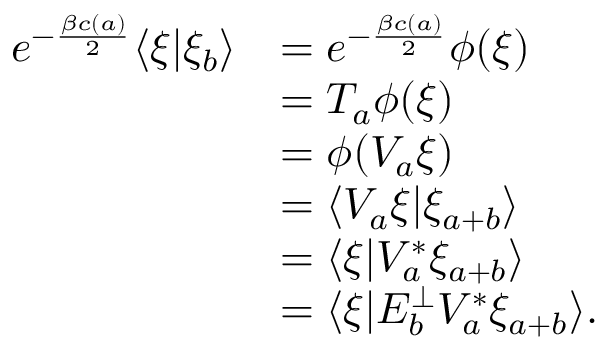
\begin{array} { r l } { e ^ { - \frac { \beta c ( a ) } { 2 } } \langle \xi | \xi _ { b } \rangle } & { = e ^ { - \frac { \beta c ( a ) } { 2 } } \phi ( \xi ) } \\ & { = T _ { a } \phi ( \xi ) } \\ & { = \phi ( V _ { a } \xi ) } \\ & { = \langle V _ { a } \xi | \xi _ { a + b } \rangle } \\ & { = \langle \xi | V _ { a } ^ { * } \xi _ { a + b } \rangle } \\ & { = \langle \xi | E _ { b } ^ { \perp } V _ { a } ^ { * } \xi _ { a + b } \rangle . } \end{array}